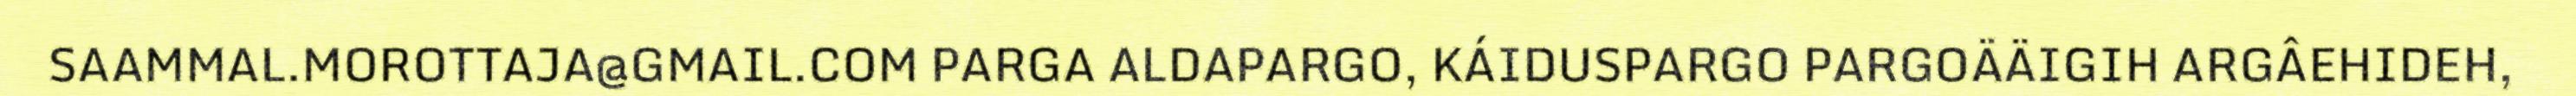
SAAMMAL.MOROTTAJA@GMAIL.COM PARGA ALDAPARGO, KÁIDUSPARGO PARGOÄÄIGIH ARGÂEHIDEH,